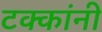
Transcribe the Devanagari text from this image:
टक्कांनी